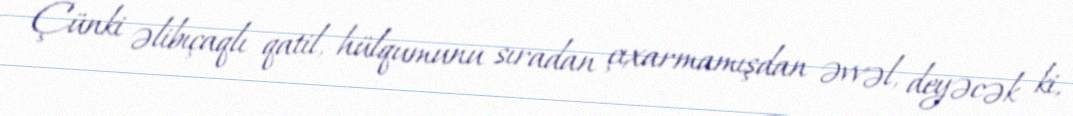
Çünki əlibıçaqlı qatil, hülqumunu sıradan çıxarmamışdan əvvəl, deyəcək ki,